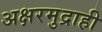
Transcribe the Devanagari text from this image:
अक्षरमुद्राही